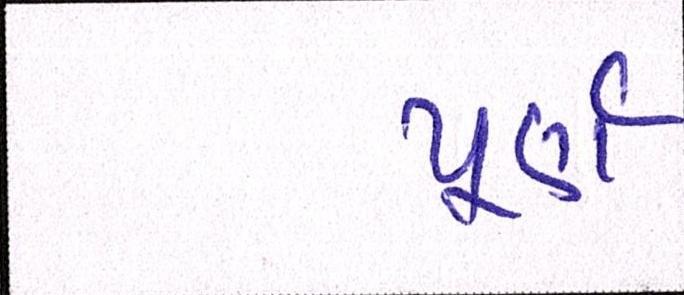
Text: પૂર્ણ